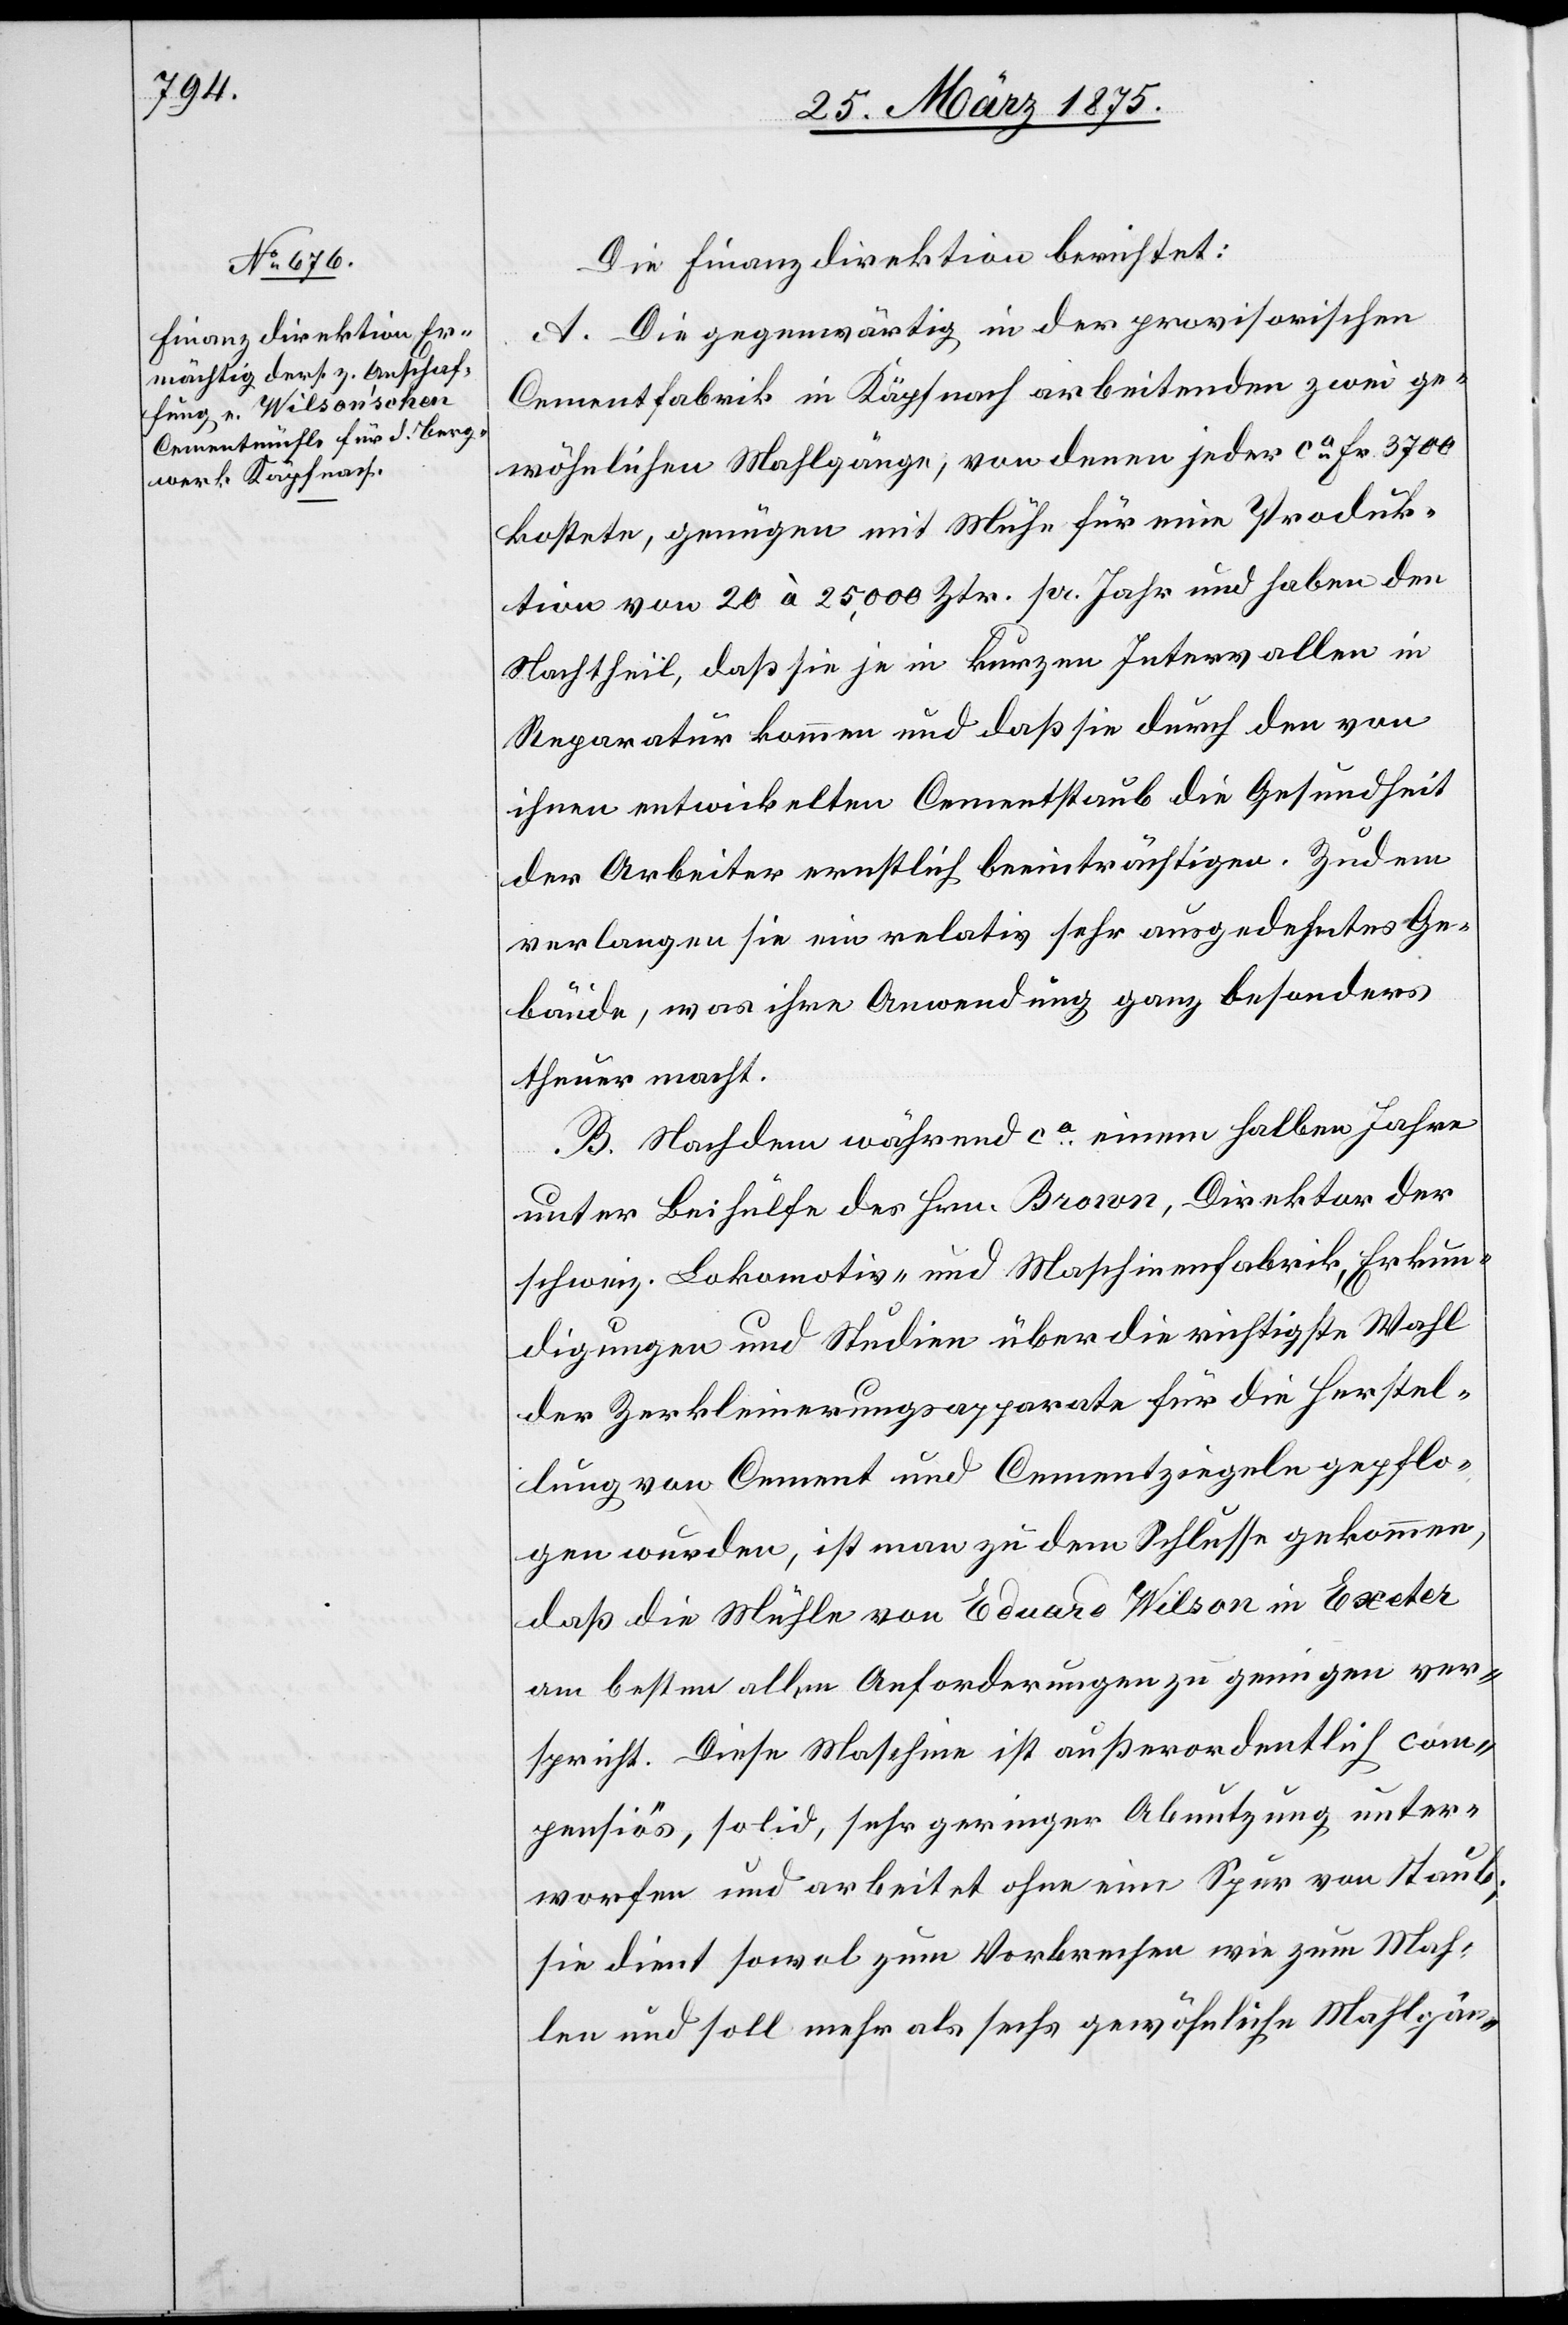
Die Finanzdirektion berichtet:
A. Die gegenwärtig in der provisorischen
Cementfabrik in Käpfnach arbeitenden zwei ge¬
wöhnlichen Mahlgänge, von denen jeder ca Fr. 3700
kostete, genügen mit Mühe für eine Produk¬
tion von 20 à 25,000 Ztr. pr. Jahr und haben den
Nachtheil, daß sie je in kurzen Intervallen in
Reparatur kommen und daß sie durch den von
ihnen entwickelten Cementstaub die Gesundheit
der Arbeiter ernstlich beeinträchtigen. Zudem
verlangen sie ein relativ sehr ausgedehntes Ge¬
bäude, was ihre Anwendung ganz besonders
theuer macht.
B. Nachdem während ca einem halben Jahre
unter Beihülfe des Hrn. Brown, Direktor der
schweiz. Lokomotiv- und Maschinenfabrik. Erkun¬
digungen und Studien über die richtigste Wahl
der Zerkleinerungsapparate für die Herstel¬
lung von Cement und Cementziegeln gepflo¬
gen wurden, ist man zu dem Schlusse gekommen,
daß die Mühle von Eduard Wilson in Exeter
am besten alle Anforderungen zu pringen [sic!] ver¬
spricht. Diese Maschine ist außerordentlich com¬
pensiös, solid, sehr geringer Abnutzung unter¬
worfen und arbeitet ohne eine Spur von Staub,
sie dient sowol zum Vorbrechen wie zum Mah¬
len und soll mehr als sechs gewöhnliche Mahlgän-